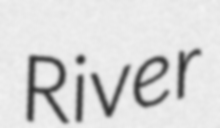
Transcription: River